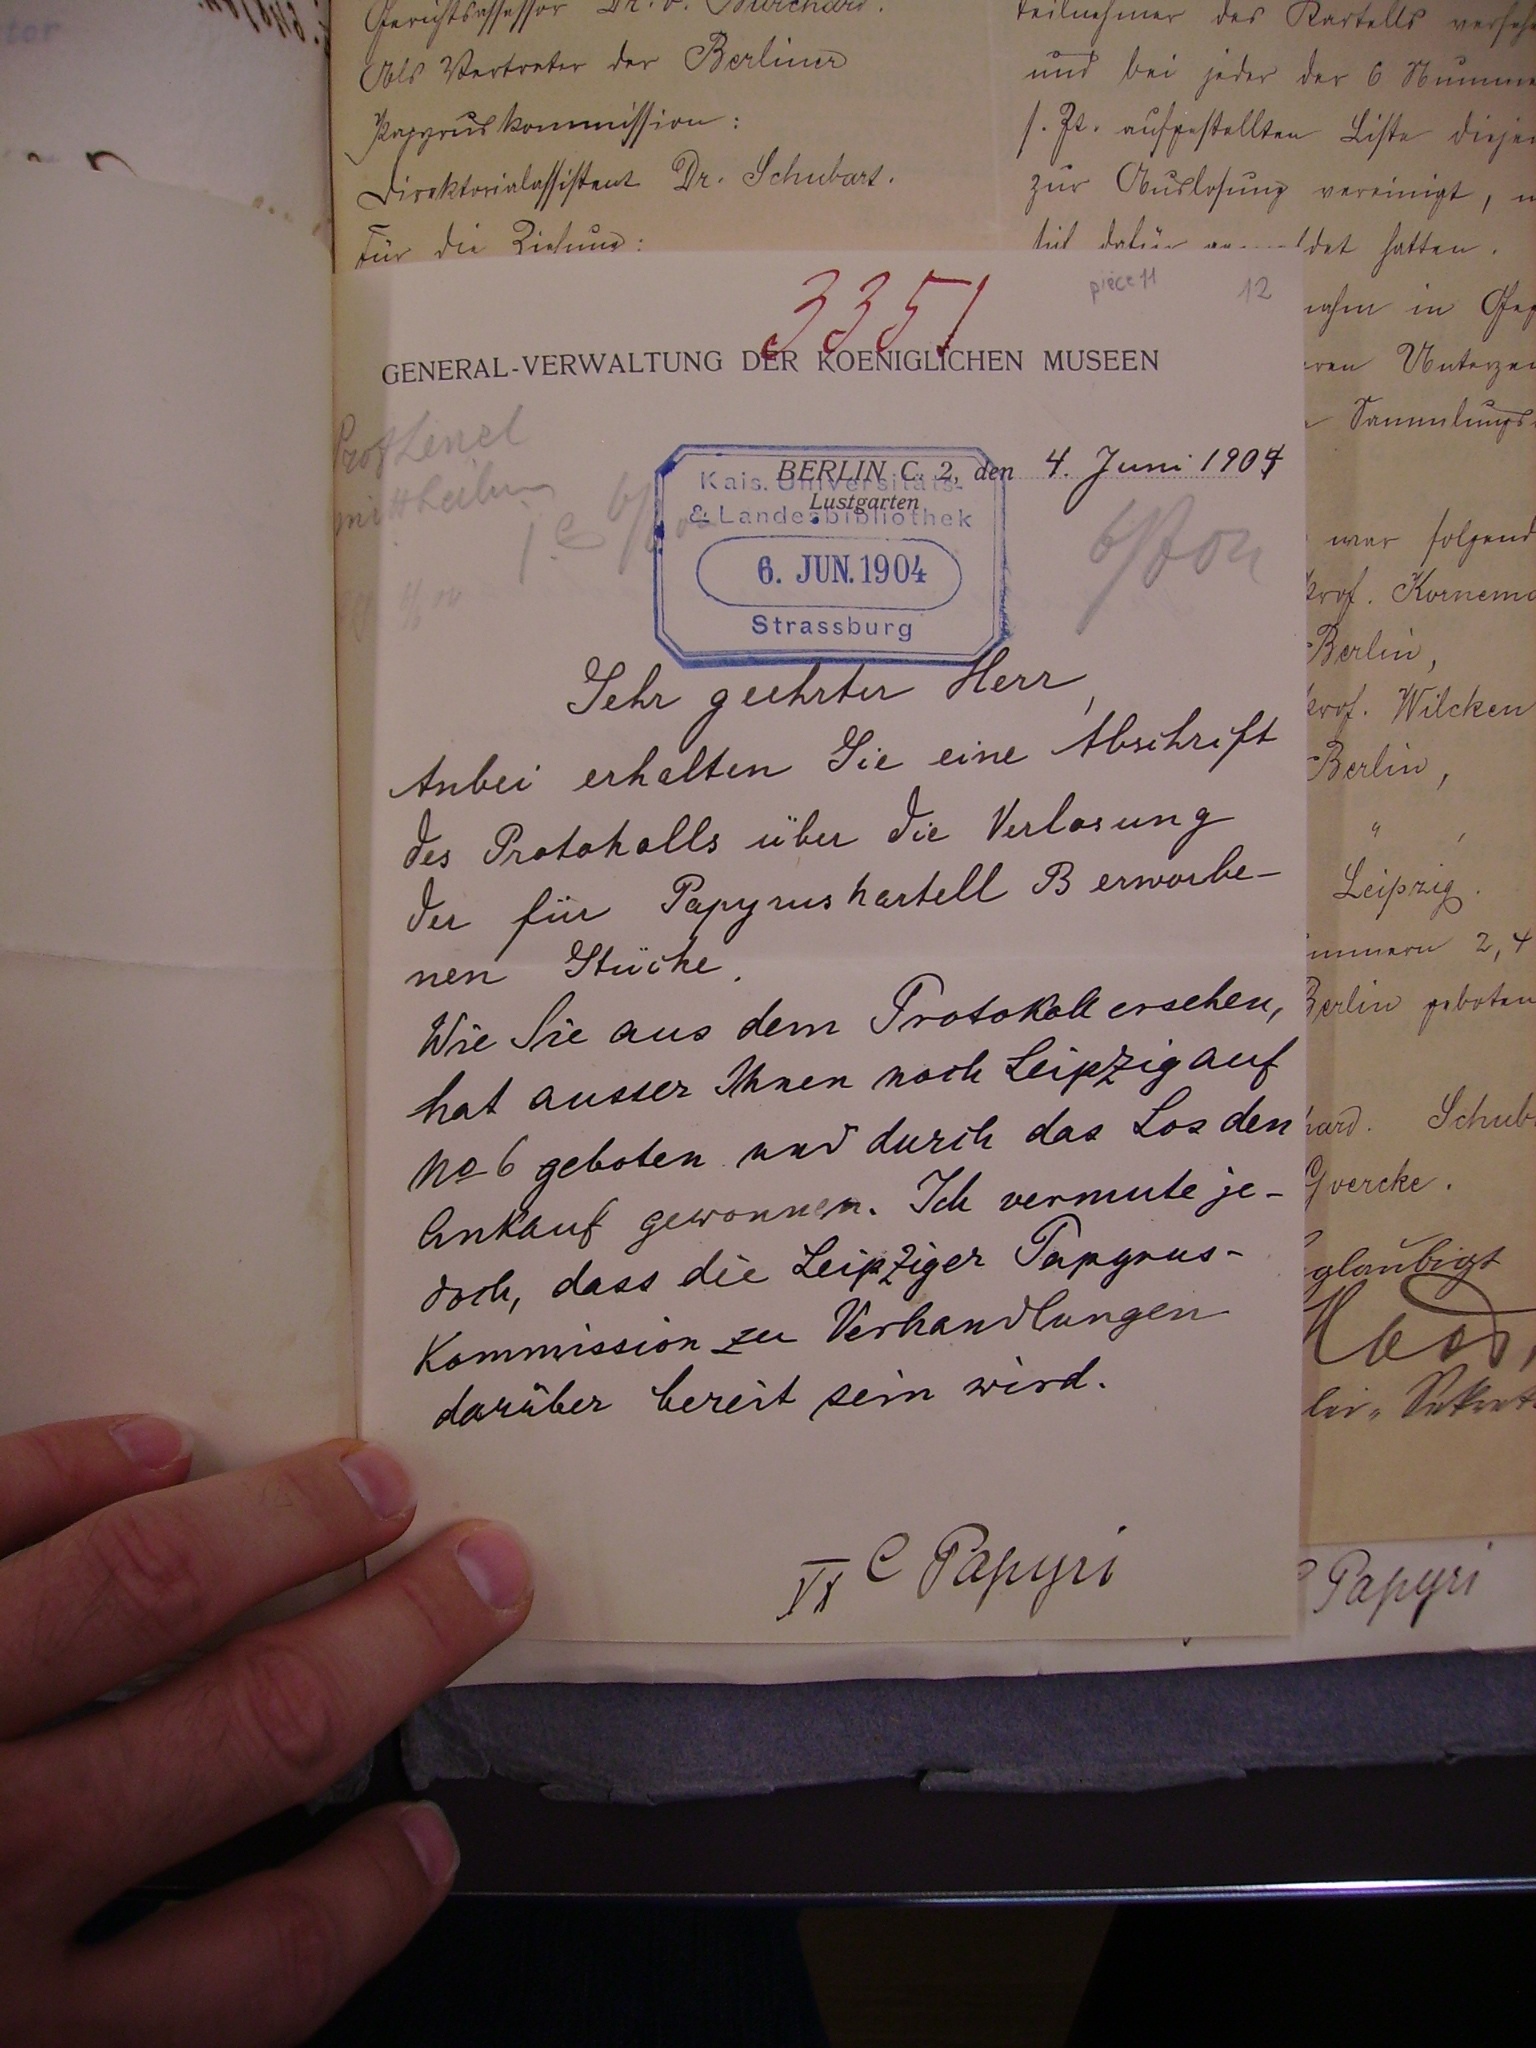
3351

4. Juni 1904

Sehr geehrter Herr,
Anbei erhalten Sie eine Abschrift
des Protokollsm über die Verlosung
der für Papyruskartell B erworbe¬
nen Stücke.
Wie Sie aus dem Protokoll ersehen,
hat ausser Ihnen noch Leipzig auf
no 6 geboten und durch das Los den
Ankauf gewonnen. Ich vermute je¬
doch, dass die Leipziger Papyrus¬
kommission zu Verhandlungen
darüber bereit sein wird.